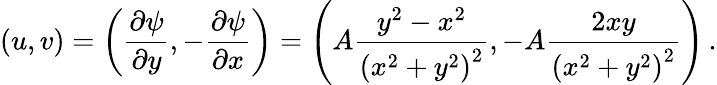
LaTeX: (u,v)=\left({\frac{\partial\psi}{\partial y}},-{\frac{\partial\psi}{\partial x}}\right)=\left(A{\frac{y^{2}-x^{2}}{\left(x^{2}+y^{2}\right)^{2}}},-A{\frac{2xy}{\left(x^{2}+y^{2}\right)^{2}}}\right)\, .